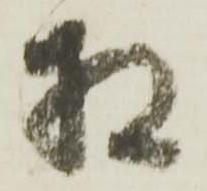
相